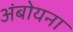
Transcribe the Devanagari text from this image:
अंबोयना